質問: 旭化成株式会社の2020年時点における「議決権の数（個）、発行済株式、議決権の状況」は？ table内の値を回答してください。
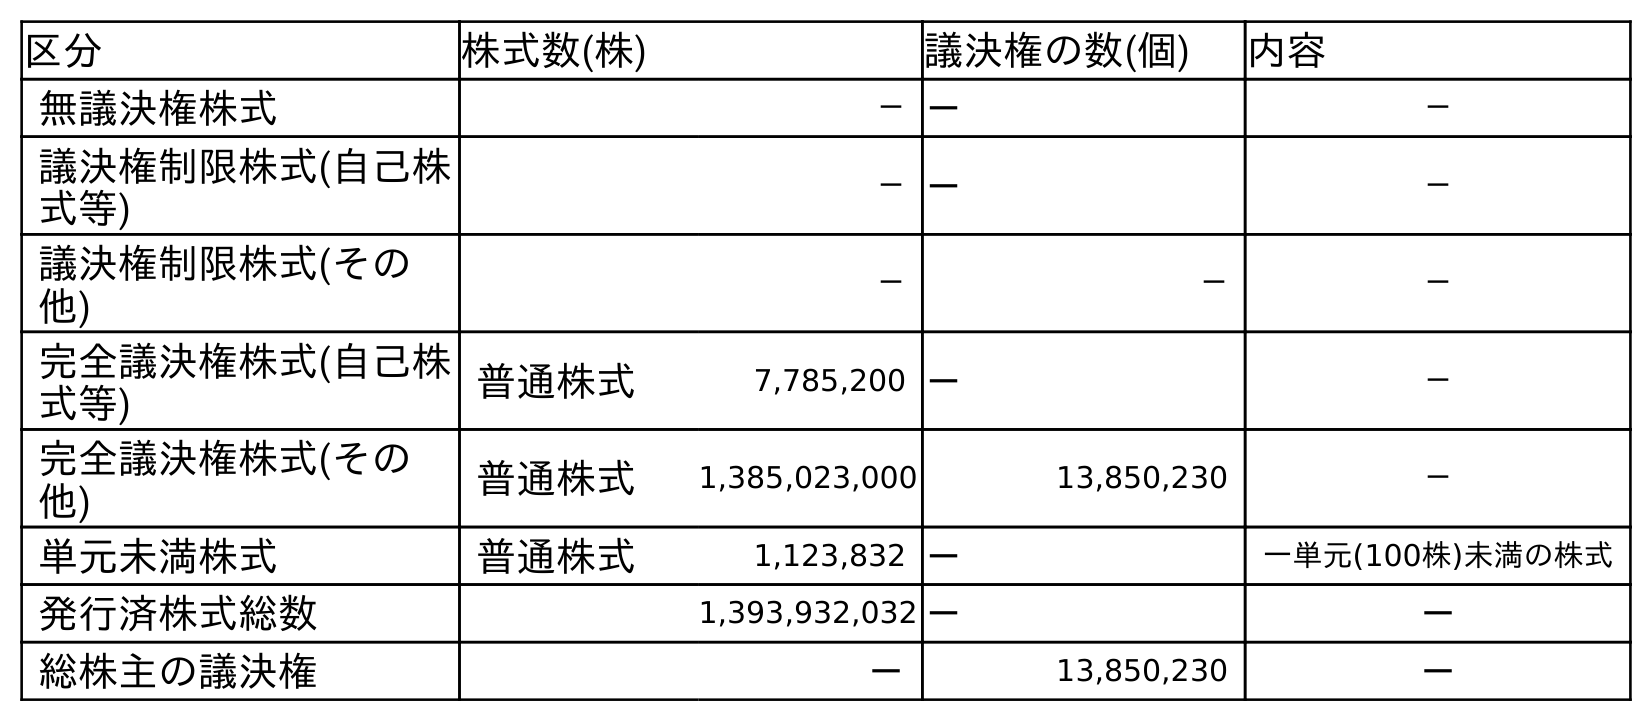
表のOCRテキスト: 区分 株式数(株) 議決権の数(個) 内容 無議決権株式 －－ － 議決権制限株式(自己株 式等) －－ － 議決権制限株式(その 他) － － － 完全議決権株式(自己株 式等) 普通株式 7,785,200 － － 完全議決権株式(その 他) 普通株式 1,385,023,000 13,850,230 － 単元未満株式 普通株式 1,123,832 － 一単元(100株)未満の株式 発行済株式総数 1,393,932,032－ － 総株主の議決権 － 13,850,230 －
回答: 13,850,230